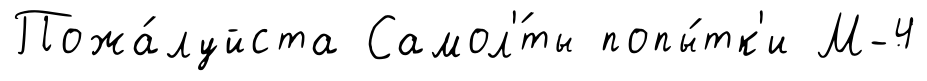
Пожа́луйста Самол'́ты попы́тк'и М-4